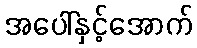
အပေါ်နှင့်အောက်